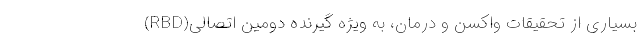
بسیاری از تحقیقات واکسن و درمان، به ویژه گیرنده دومین اتصالی(RBD)